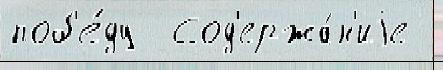
поб'е́ду  Сод'ержа́н'иjе